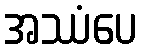
အဿံပေ